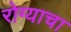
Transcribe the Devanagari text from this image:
रोग्याचा